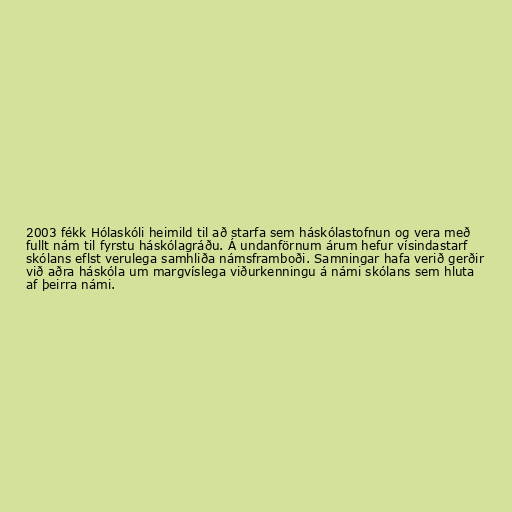
2003 fékk Hólaskóli heimild til að starfa sem háskólastofnun og vera með
fullt nám til fyrstu háskólagráðu. Á undanförnum árum hefur vísindastarf
skólans eflst verulega samhliða námsframboði. Samningar hafa verið gerðir
við aðra háskóla um margvíslega viðurkenningu á námi skólans sem hluta
af þeirra námi.